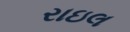
રાઇલ